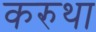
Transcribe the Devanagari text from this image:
करुथा